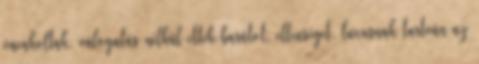
vacakoltak, válogatás nélkül ettek barátot, ellenséget, luxusnak tartván az